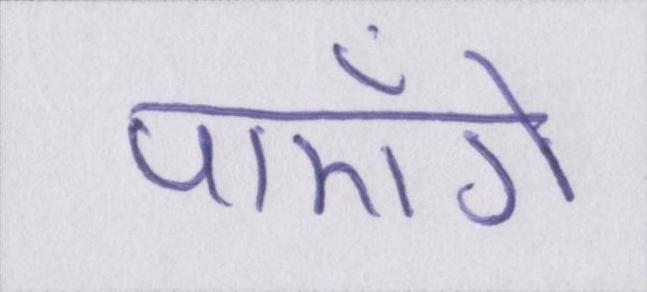
पाएँगे